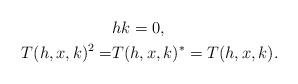
LaTeX: \begin{align*} \begin{aligned}&hk = 0, \\T(h,x,k)^2 = &T(h,x,k)^* = T(h,x,k).\end{aligned} \end{align*}